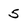
Character: 5